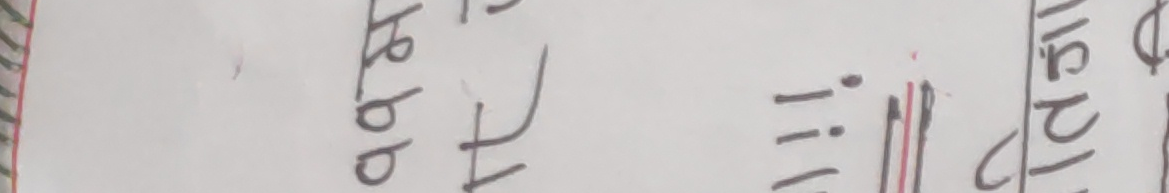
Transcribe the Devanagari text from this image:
बीबीए